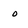
Character: o